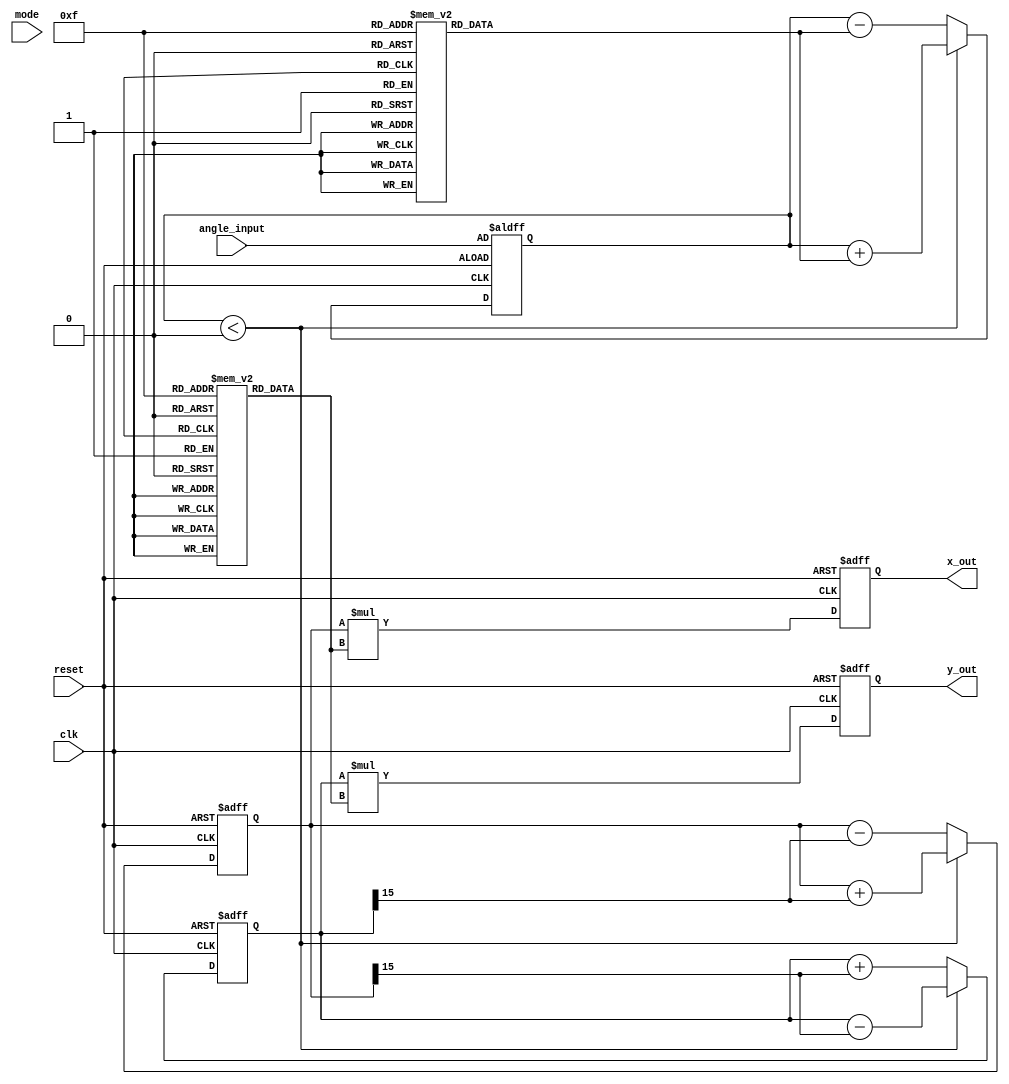
module cordic #(
    parameter N = 16,        // Number of iterations
    parameter WIDTH = 16     // Bit-width for fixed-point representation
)(
    input wire clk,
    input wire reset,
    input wire [WIDTH-1:0] angle_input, // Input angle in fixed-point format
    input wire mode, // 0 for rotation, 1 for vectoring
    output reg [WIDTH-1:0] x_out,
    output reg [WIDTH-1:0] y_out
);

    // Lookup tables for arctangent and scaling factors
    reg [WIDTH-1:0] atan_table [0:N-1];
    reg [WIDTH-1:0] scale_table [0:N-1];

    // CORDIC registers
    reg [WIDTH-1:0] x, y, z;
    integer i;

    // Initialization of lookup tables
    initial begin
        // Populate atan_table with precomputed arctangent values
        atan_table[0] = 16'h3243; // atan(1) in fixed-point
        atan_table[1] = 16'h1DAC; // atan(0.5) in fixed-point
        atan_table[2] = 16'h0F8B; // atan(0.25) in fixed-point
        // Add more values as needed...

        // Populate scale_table with precomputed scaling factors
        scale_table[0] = 16'h26DD; // 1/sqrt(1 + 1^2)
        scale_table[1] = 16'h1A6D; // 1/sqrt(1 + 0.5^2)
        scale_table[2] = 16'h0F3B; // 1/sqrt(1 + 0.25^2)
        // Add more values as needed...
    end

    // Control Unit
    always @(posedge clk or posedge reset) begin
        if (reset) begin
            x <= 16'h0001; // Initial x = 1
            y <= 16'h0000; // Initial y = 0
            z <= angle_input; // Load input angle
            x_out <= 16'h0000;
            y_out <= 16'h0000;
        end else begin
            // CORDIC iterations
            for (i = 0; i < N; i = i + 1) begin
                if (mode == 1'b0) begin // Rotation mode
                    if (z < 0) begin
                        x <= x + (y >>> i);
                        y <= y - (x >>> i);
                        z <= z + atan_table[i];
                    end else begin
                        x <= x - (y >>> i);
                        y <= y + (x >>> i);
                        z <= z - atan_table[i];
                    end
                end else begin // Vectoring mode
                    if (z < 0) begin
                        x <= x + (y >>> i);
                        y <= y - (x >>> i);
                        z <= z + atan_table[i];
                    end else begin
                        x <= x - (y >>> i);
                        y <= y + (x >>> i);
                        z <= z - atan_table[i];
                    end
                end
            end

            // Apply scaling factor
            x_out <= x * scale_table[N-1]; // Scale final x
            y_out <= y * scale_table[N-1]; // Scale final y
        end
    end
endmodule